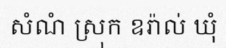
សំណំ ស្រុក ឧរ៉ាល់ ឃុំ